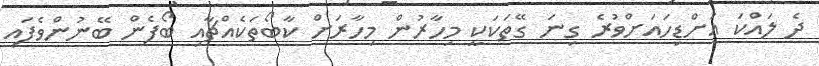
ދެ ލައްކަ އަށްޑިހައަށްވުރެ ގިނަ ގޭތަކަކީ މިހާރުން މިހާރަށް ކާބޯތަކެއްޗާއި ބޯފެން ބޭނުންވެފައި